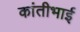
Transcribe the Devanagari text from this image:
कांतीभाई